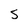
Character: s